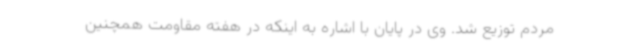
مردم توزیع شد. وی در پایان با اشاره به اینکه در هفته مقاومت همچنین